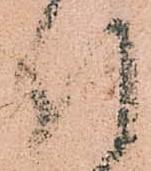
引